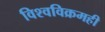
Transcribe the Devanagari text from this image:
विश्वविक्रमही